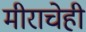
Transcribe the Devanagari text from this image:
मीराचेही